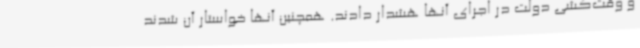
و وقت‌کشی دولت در اجرای آنها هشدار دادند. همچنین آنها خواستار آن شدند